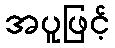
အပူဖြင့်